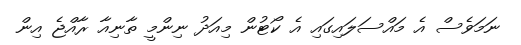
ނަމަވެސް އެ މައްސަލައިގައި އެ ކޯޓުން މިއަދު ނިންމީ ތާނިއާ ރާއްޖެ އިން